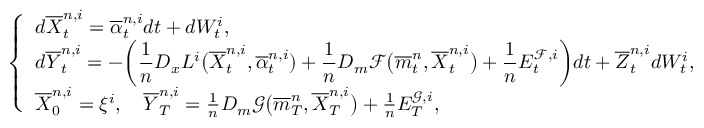
\left\{ \begin{array} { l l } { \displaystyle d \overline { { X } } _ { t } ^ { n , i } = \overline { { \alpha } } _ { t } ^ { n , i } d t + d W _ { t } ^ { i } , \displaystyle } \\ { \displaystyle d \overline { { Y } } _ { t } ^ { n , i } = - \bigg ( \frac { 1 } { n } D _ { x } L ^ { i } \big ( \overline { { X } } _ { t } ^ { n , i } , \overline { { \alpha } } _ { t } ^ { n , i } ) + \frac { 1 } { n } D _ { m } \mathcal { F } \big ( \overline { { m } } _ { t } ^ { n } , \overline { { X } } _ { t } ^ { n , i } \big ) + \frac { 1 } { n } E _ { t } ^ { \mathcal { F } , i } \bigg ) d t + \overline { { Z } } _ { t } ^ { n , i } d W _ { t } ^ { i } , } \\ { \overline { { X } } _ { 0 } ^ { n , i } = \xi ^ { i } , \quad \overline { { Y } } _ { T } ^ { n , i } = \frac { 1 } { n } D _ { m } \mathcal { G } \big ( \overline { { m } } _ { T } ^ { n } , \overline { { X } } _ { T } ^ { n , i } \big ) + \frac { 1 } { n } E _ { T } ^ { \mathcal { G } , i } , } \end{array} \right.